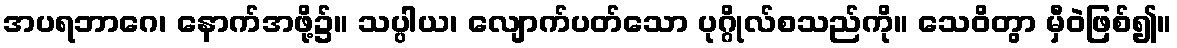
အပရဘာဂေ၊ နောက်အဖို့၌။ သပ္ပါယ၊ လျောက်ပတ်သော ပုဂ္ဂိုလ်စသည်ကို။ သေဝိတွာ မှီဝဲဖြစ်၍။